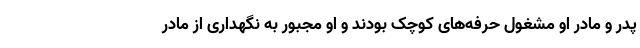
پدر و مادر او مشغول حرفه‌های کوچک بودند و او مجبور به نگهداری از مادر